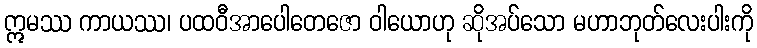
ဣမဿ ကာယဿ၊ ပထဝီအာပေါတေဇော ဝါယောဟု ဆိုအပ်သော မဟာဘုတ်လေးပါးကို